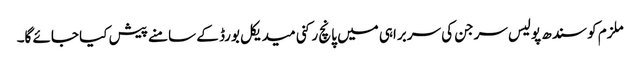
ملزم کو سندھ پولیس سرجن کی سربراہی میں پانچ رکنی میدیکل بورڈ کے سامنے پیش کیا جائے گا۔